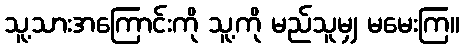
သူ့သားအကြောင်းကို သူ့ကို မည်သူမျှ မမေးကြ။